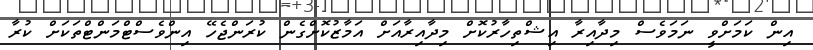
އިން ކަމަށްވީ ނަމަވެސް މިދާއިރާ އިޝްތިހާރުކޮށް މިދާއިރާއަށް އަމާޒުކޮށްގެން ކުރަންޖެހޭ އިންވެސްޓްމަންޓްތަކަށް ކުރާ